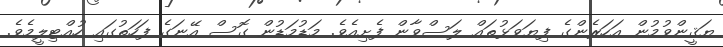
ޔަޤީންވުމުން އަހަރެންގެ ފިޔަވަޅުތައް ލަސްވާން ފެށިއެވެ. މަޑުމަޑުން ގޮސް އޭނަގެ ފަހަތުގައި ހުއްޓިލީމެވެ.